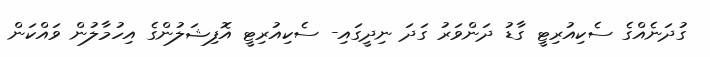
ގުދަނެއްގެ ސެކިއުރިޓީ ގާޑު ދަންވަރު ގަދަ ނިދީގައި- ސެކިއުރިޓީ އޮފިޝަލުންގެ އިހުމާލުން ވައްކަން